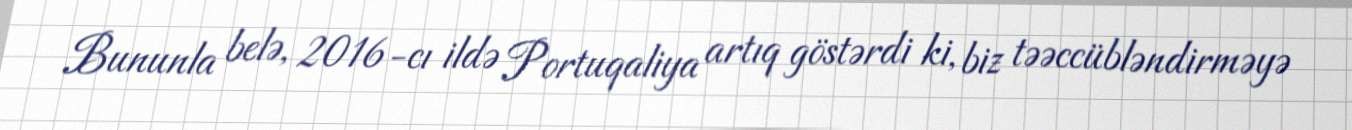
Bununla belə, 2016-cı ildə Portuqaliya artıq göstərdi ki, biz təəccübləndirməyə